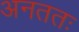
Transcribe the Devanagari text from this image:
अनततः